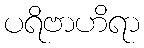
ပရိဗာဟိရာ